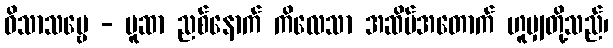
ဝိသာသဗ္ဗေ - ပူဆာ ညစ်နောက် ကိလေသာ အဆိပ်အတောက် ဟူမျှတို့သည်၊